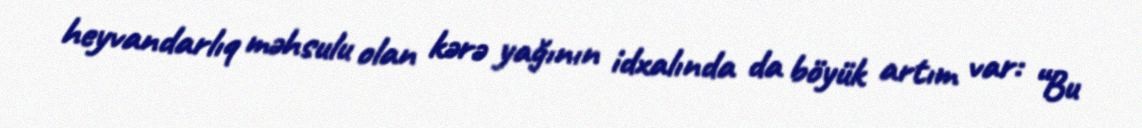
heyvandarlıq məhsulu olan kərə yağının idxalında da böyük artım var: “Bu